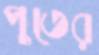
পুতের